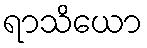
ရာသိယော